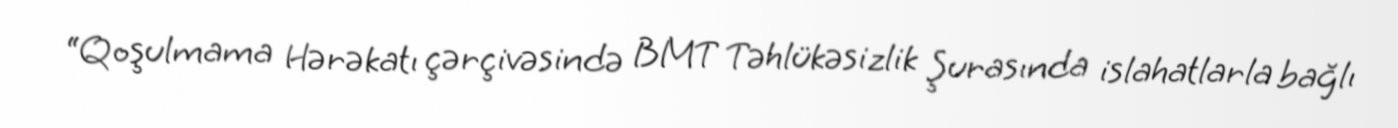
“Qoşulmama Hərəkatı çərçivəsində BMT Təhlükəsizlik Şurasında islahatlarla bağlı